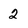
Character: 2